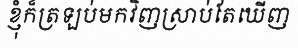
ខ្ញុំក៏ត្រឡប់មកវិញស្រាប់តែឃើញ